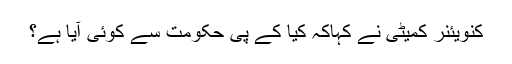
کنویئنر کمیٹی نے کہاکہ کیا کے پی حکومت سے کوئی آیا ہے؟